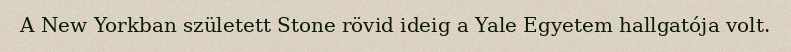
A New Yorkban született Stone rövid ideig a Yale Egyetem hallgatója volt.